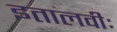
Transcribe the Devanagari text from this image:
इतालवीः